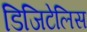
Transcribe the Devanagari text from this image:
डिजिटेलिस